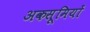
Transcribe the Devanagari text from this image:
अकसूमियों